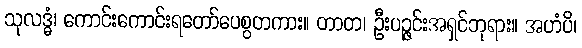
သုလဒ္ဓံ၊ ကောင်းကောင်းရတော်ပေစွတကား။ တာတ၊ ဦးပဉ္ဇင်းအရှင်ဘုရား။ အဟံပိ၊